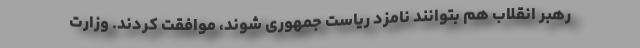
رهبر انقلاب هم بتوانند نامزد ریاست جمهوری شوند، موافقت کردند. وزارت